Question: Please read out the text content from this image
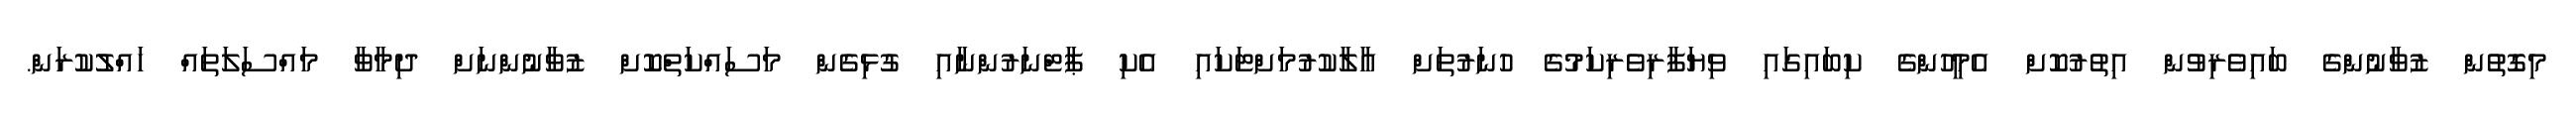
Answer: މިގޮތުން ޒުވާނުންގެ ބައިވެރިވުން އިތުރުކޮށް އެމީހުންގެ ކިބައިގައި ވިޔަފާރިވެރިކަމުގެ ހުނަރުތަށް އާލާކުރުމަށްޓަކައި އެކި ޕާޓްނަރުންނާއި ގުޅިގެން މަސައްކަތްކޮށް ޒުވާނުންނަށް ދިމާވާ މައްސަލަތައް ހައްލުކުރަން.